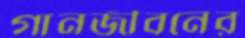
গানজীবনের